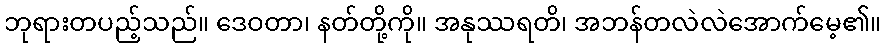
ဘုရားတပည့်သည်။ ဒေဝတာ၊ နတ်တို့ကို။ အနုဿရတိ၊ အဘန်တလဲလဲအောက်မေ့၏။